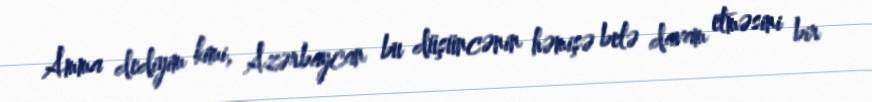
Amma dediyim kimi, Azərbaycan bu düşüncənin həmişə belə davam etməsini bir